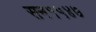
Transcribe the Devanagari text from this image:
सन१५४७